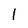
Character: 1